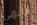
اسمي